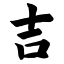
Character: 吉